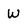
Character: w